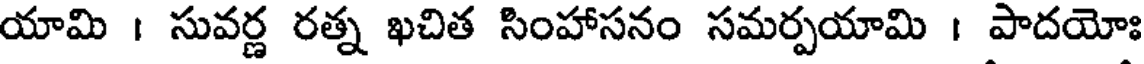
యామి । సువర్ణ రత్న ఖచిత సింహాసనం సమర్పయామి । పాదయోః